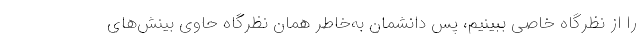
را از نظرگاه خاصی ببینیم، پس دانشمان به‌خاطر همان نظرگاه حاوی بینش‌های